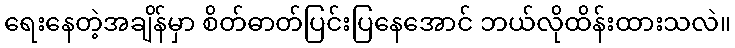
ရေးနေတဲ့အချိန်မှာ စိတ်ဓာတ်ပြင်းပြနေအောင် ဘယ်လိုထိန်းထားသလဲ။